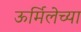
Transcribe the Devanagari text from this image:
ऊर्मिलेच्या